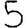
Digit: 5